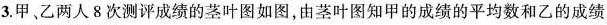
3.甲、乙两人8次测评成绩的茎叶图如图，由茎叶图知甲的成绩的平均数和乙的成绩